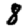
Digit: 8